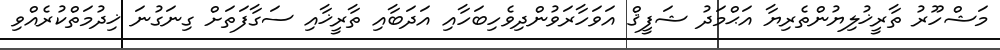
މަޝްހޫރު ތާރީޚުލިޔުންތެރިޔާ އަޙްމަދު ޝަފީޤް އަވަހާރަވުންދިވެހިބަހާއި އަދަބާއި ތާރީޚާއި ސަގާފަތަށް ގިނަގުނަ ޚިދުމަތްކުރެއްވި